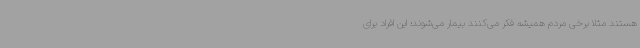
هستند مثلا برخی مردم همیشه فکر می‌کنند بیمار می‌شوند؛ این افراد برای